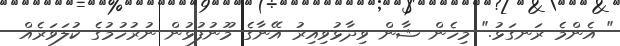
" އެންމެ ރަނގަޅު." މިހެން ޝާން ވިދާޅުވިއިރު އޭނާގެ މޫނުފުޅުން ނުރުހުމުގެ ކުލަވަރެއް